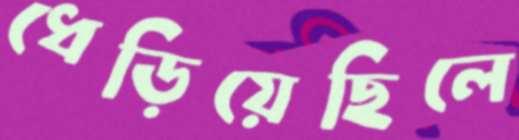
ধেড়িয়েছিলে